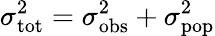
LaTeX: \sigma_{\mathrm{tot}}^{2}=\sigma_{\mathrm{obs}}^{2}+\sigma_{\mathrm{pop}}^{2}